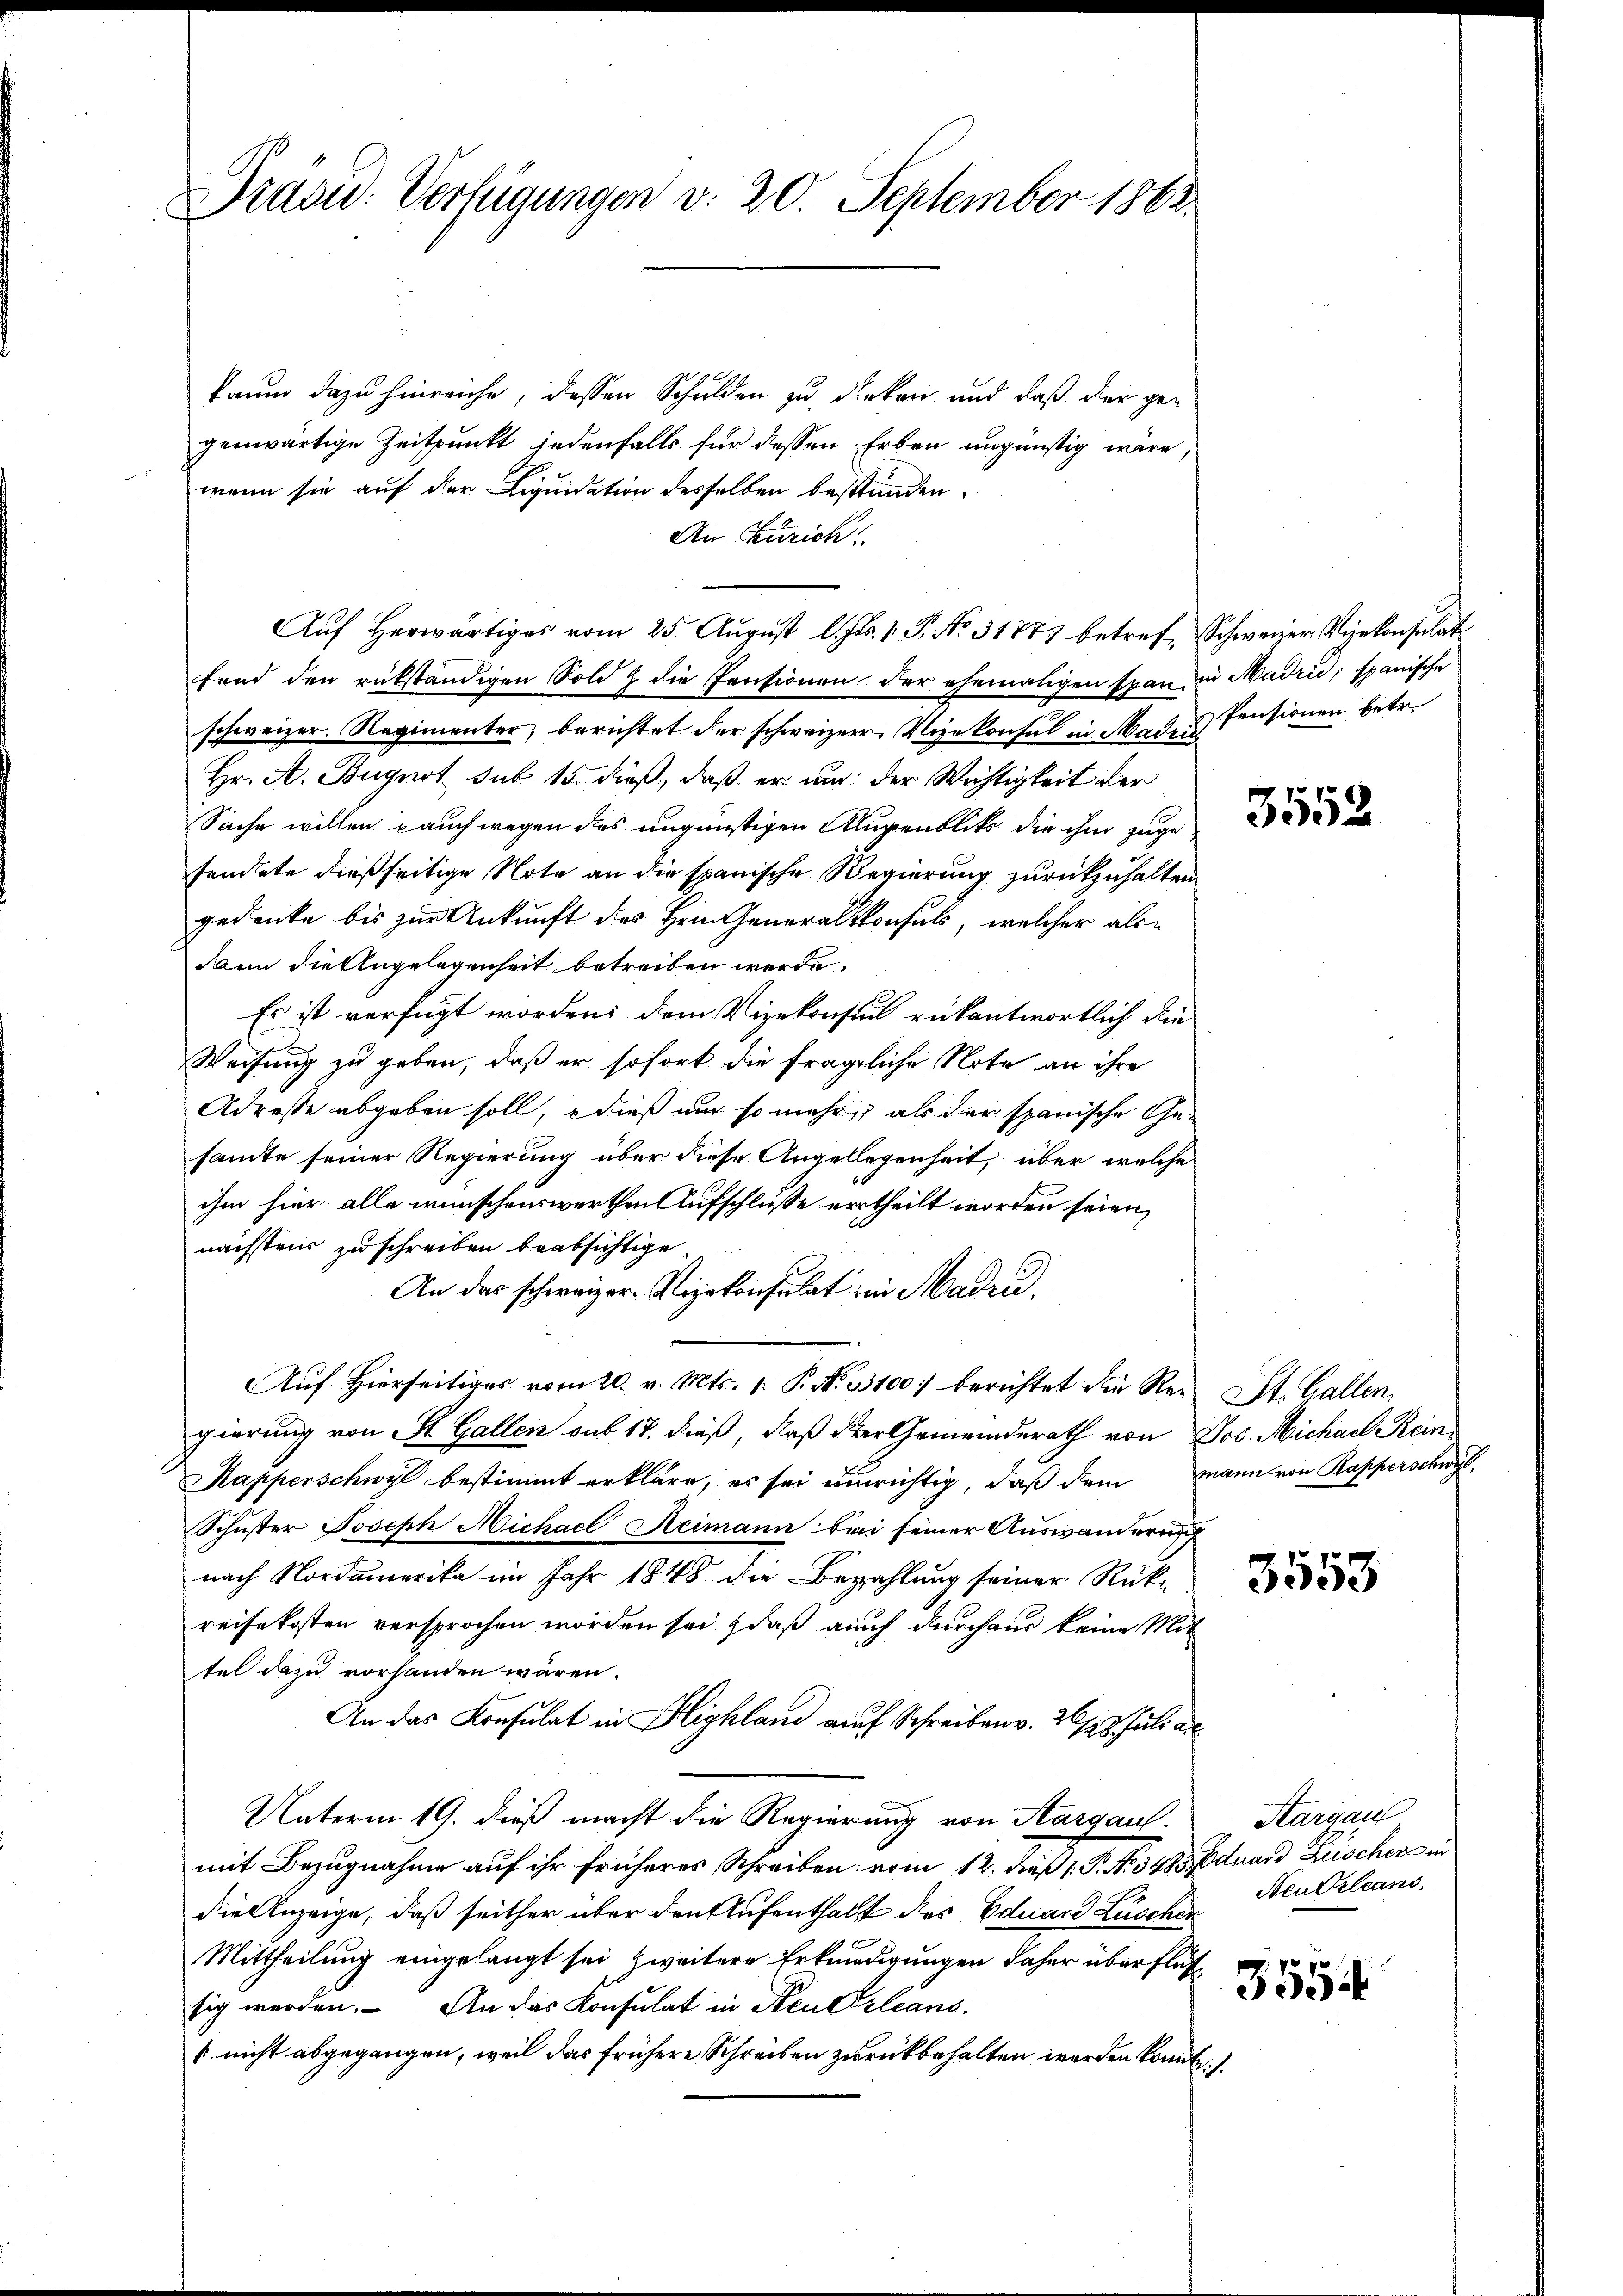
Prasid. Verfügungen v. 20. September 1863.

kaum dazu hinreiche, dessen Schulden zu denken und daß der gegenwärtige Zeitpunkt jedenfalls für dessen Erben ungünstig wäre,
wenn sie auf der Liquidation desselben besstanden.
An Zürich
Aŭf herwärtiges vom 25. Aŭgŭst l. Js. 1. P. Nr. 31777 betref Schwerer Vizekonsulat
fand den rükständigen Sold & die Pensionen der ehemaligen span in Maden; spanische
schweizer. Regimenter, berichtet der schweizer. Vizekonsul in Mad. Pensionen betr.
Hr. A. Bugnot sub 15. dieß, daß er und der Wichtigkeit der
Sache willen auch wegen des ungünstigen Augenblicke die ihm zuge-
sendete dießseitige Note an die spanische Regierung zurückzuhalten
gedenke bis zur Ankunft des Hrn. Generalkonsuls, welcher als
dann die Angelegenheit betreiben werde.
Es ist verfügt worden, dem Vizekonsul rükantwortlich die
Weisung zu geben, daß er sofort die fragliche Note an ihre
Adresse abgeben soll, dieß nur so mehre als der spanische Gesamte seiner Regierung über diese Angelegenheit, über welche
ihm hier alle wünschenswerthen Aufschlusse ertheilt worden seien,
nächstens zu schreiben beabsichtige
An das schweizer- Vizekonsulat in Maden.
Aŭf Hierseitiges vom 20. v. Mts. 1. P. Nr. 33100. berichtet die Rei St. Gallen,
gierung von St. Gallen aus 17. dieß, daß der Gemeinderath von Jos. Michael Kein
Kapperschwyl bestimmt erkläre, es sei unrichtig, daß dem mann von Rapperschwyl
Schuster Joseph Nichael Heimann bei seiner Auswanderung
nach Nordamerika im Jahr 1848 die Bezahlung seiner Rückreisekosten versprochen worden sei, daß auch durchaus keine Mit
tel dazu vorhanden wären.
An das Konsulat in Highland auf Schreiben v. 267. Juli au
Unterm 19. dieß macht die Regierung von Aargau.
mit Bezugnahme auf ihr früheres Schreiben vom 12. dieß P. No. 3485 Eduard Fischer in
die Anzeige, daß seither über den Aufenthalt des Eduard Lüscher
Mittheilung eingelangt sei zweitere Erkundigungen daher überflüssig werden. An das Konsulat in Keukleans
[nicht abgegangen, weil das frühere Schreiben zurückbehalten werden könnte.

3552

3553

Sargau
Neukleans,

3554